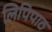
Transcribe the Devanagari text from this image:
लिपिपाठ